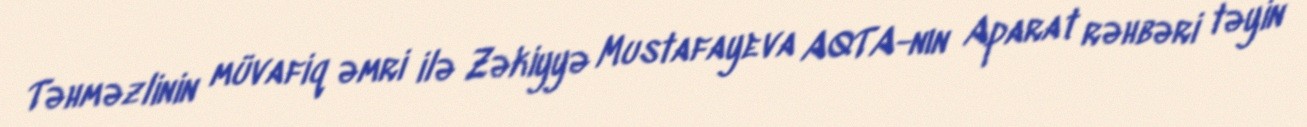
Təhməzlinin müvafiq əmri ilə Zəkiyyə Mustafayeva AQTA-nın Aparat rəhbəri təyin